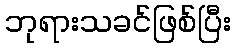
ဘုရားသခင်ဖြစ်ပြီး